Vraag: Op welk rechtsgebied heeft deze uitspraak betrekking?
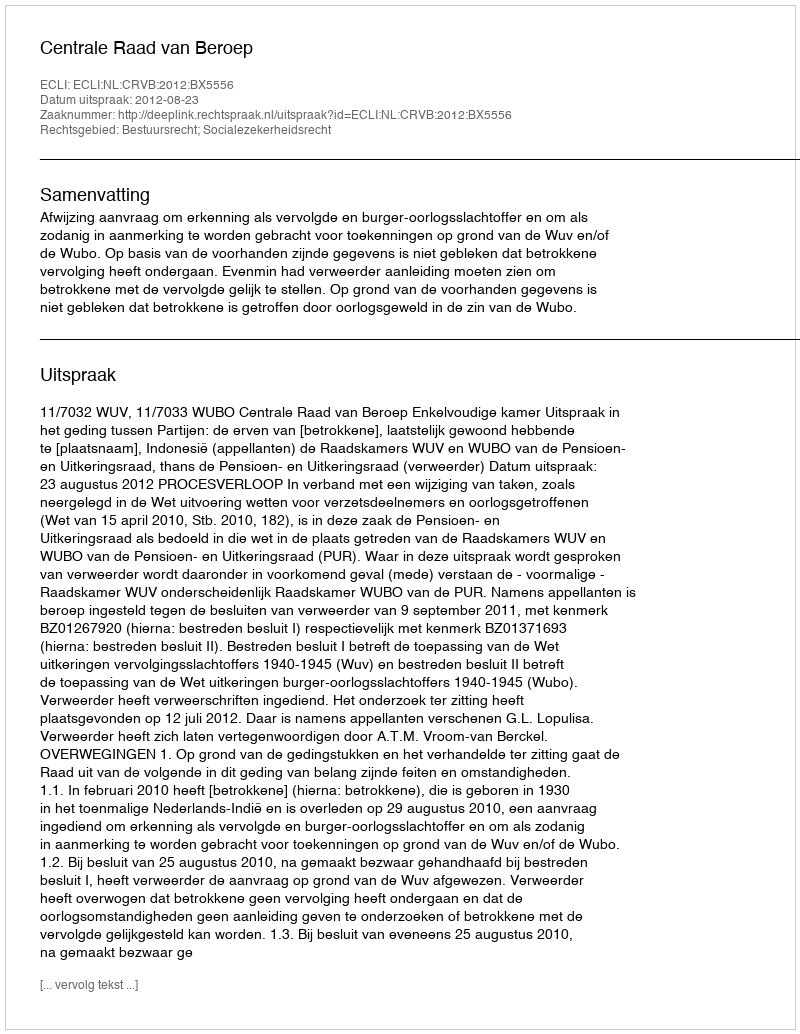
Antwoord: Bestuursrecht; Socialezekerheidsrecht